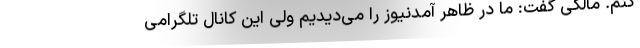
کنم. مالکی گفت: ما در ظاهر آمدنیوز را می‌دیدیم ولی این کانال تلگرامی